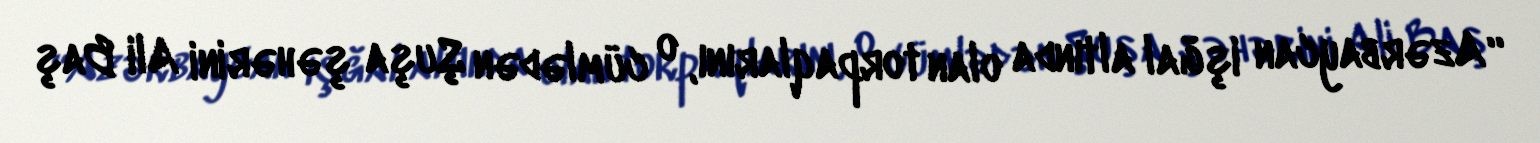
“Azərbaycan işğal altında olan torpaqlarını, o cümlədən Şuşa şəhərini Ali Baş